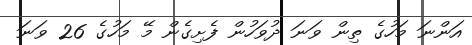
އަންނަ މަހުގެ ތިން ވަނަ ދުވަހުން ފެށިގެން މޭ މަހުގެ 26 ވަނަ